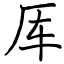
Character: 厍